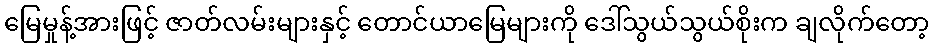
မြေမှုန့်အားဖြင့် ဇာတ်လမ်းများနှင့် တောင်ယာမြေများကို ဒေါ်သွယ်သွယ်စိုးက ချလိုက်တော့